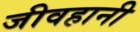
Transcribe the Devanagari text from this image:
जीवहानी